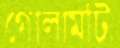
গোলামটি